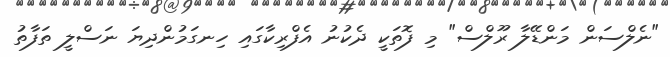
"ނެލްސަން މަންޑޭލާ ރޫލްސް" މި ފޮތަކީ ދެކުނު އެފްރިކާގައި ހިނގަމުންދިޔަ ނަސްލީ ތަފާތު